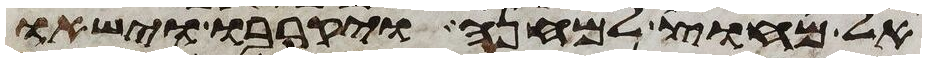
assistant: אל מחוץ למחנה ויקרבו וישאו